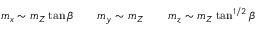
m _ { x } \sim m _ { Z } \tan \beta \qquad m _ { y } \sim m _ { Z } \qquad m _ { z } \sim m _ { Z } \tan ^ { 1 / 2 } \beta